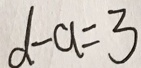
d - a = 3